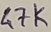
Text: 47K